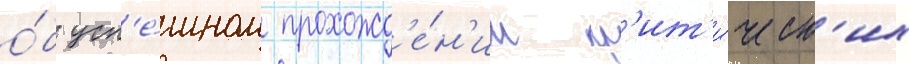
о́б усп'е́шном прохожд'е́н'ии кр'ит'и́ческ'их